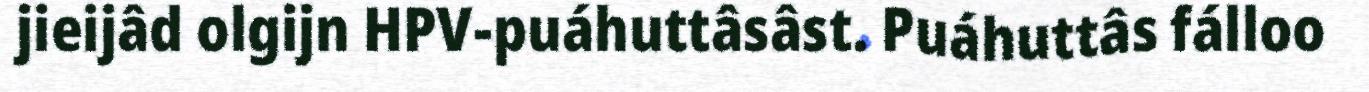
jieijâd olgijn HPV-puáhuttâsâst. Puáhuttâs fálloo